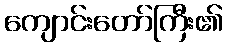
ကျောင်းတော်ကြီး၏